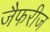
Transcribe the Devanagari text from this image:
जैफरीज